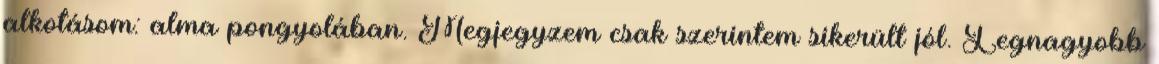
alkotásom: alma pongyolában. Megjegyzem csak szerintem sikerült jól. Legnagyobb